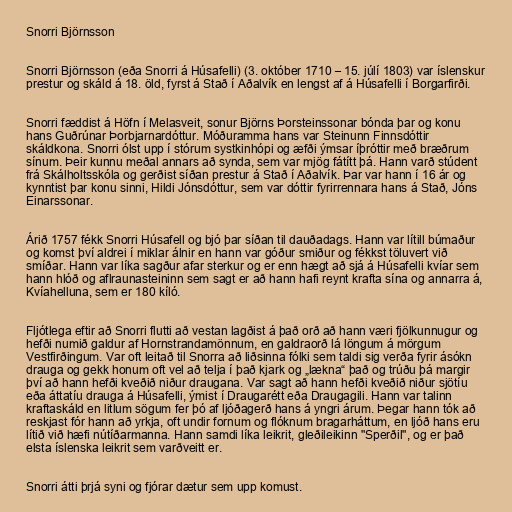
Snorri Björnsson

Snorri Björnsson (eða Snorri á Húsafelli) (3. október 1710 – 15. júlí 1803) var íslenskur
prestur og skáld á 18. öld, fyrst á Stað í Aðalvík en lengst af á Húsafelli í Borgarfirði.

Snorri fæddist á Höfn í Melasveit, sonur Björns Þorsteinssonar bónda þar og konu
hans Guðrúnar Þorbjarnardóttur. Móðuramma hans var Steinunn Finnsdóttir
skáldkona. Snorri ólst upp í stórum systkinhópi og æfði ýmsar íþróttir með bræðrum
sínum. Þeir kunnu meðal annars að synda, sem var mjög fátítt þá. Hann varð stúdent
frá Skálholtsskóla og gerðist síðan prestur á Stað í Aðalvík. Þar var hann í 16 ár og
kynntist þar konu sinni, Hildi Jónsdóttur, sem var dóttir fyrirrennara hans á Stað, Jóns
Einarssonar.

Árið 1757 fékk Snorri Húsafell og bjó þar síðan til dauðadags. Hann var lítill búmaður
og komst því aldrei í miklar álnir en hann var góður smiður og fékkst töluvert við
smíðar. Hann var líka sagður afar sterkur og er enn hægt að sjá á Húsafelli kvíar sem
hann hlóð og aflraunasteininn sem sagt er að hann hafi reynt krafta sína og annarra á,
Kvíahelluna, sem er 180 kíló.

Fljótlega eftir að Snorri flutti að vestan lagðist á það orð að hann væri fjölkunnugur og
hefði numið galdur af Hornstrandamönnum, en galdraorð lá löngum á mörgum
Vestfirðingum. Var oft leitað til Snorra að liðsinna fólki sem taldi sig verða fyrir ásókn
drauga og gekk honum oft vel að telja í það kjark og „lækna“ það og trúðu þá margir
því að hann hefði kveðið niður draugana. Var sagt að hann hefði kveðið niður sjötíu
eða áttatíu drauga á Húsafelli, ýmist í Draugarétt eða Draugagili. Hann var talinn
kraftaskáld en litlum sögum fer þó af ljóðagerð hans á yngri árum. Þegar hann tók að
reskjast fór hann að yrkja, oft undir fornum og flóknum bragarháttum, en ljóð hans eru
lítið við hæfi nútíðarmanna. Hann samdi líka leikrit, gleðileikinn "Sperðil", og er það
elsta íslenska leikrit sem varðveitt er.

Snorri átti þrjá syni og fjórar dætur sem upp komust.